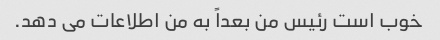
خوب است رئیس من بعداً به من اطلاعات می دهد.